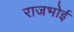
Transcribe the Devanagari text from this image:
राजभोई